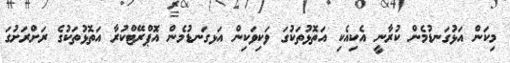
މިކަން އަޅުގަނޑުމެން ކުރާނީ އެކިއެކި އަތޮޅުތަކުގަ ވަކިވަކިން އަޅގަނޑުމެން އޮޕްރޭޓްކުރާ އަތޮޅުތަކުގެ ރަށްރަށުގަ